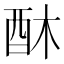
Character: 𮠛